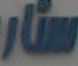
ستار